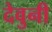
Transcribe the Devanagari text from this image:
देवुनी